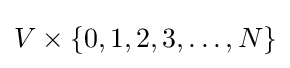
V\times \{0,1,2,3,\ldots ,N\}